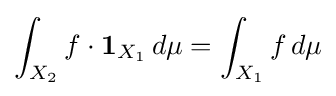
\int _{X_{2}}f\cdot {\mathbf {1} }_{X_{1}}\,d\mu =\int _{X_{1}}f\,d\mu